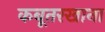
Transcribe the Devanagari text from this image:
कबूतरखाना